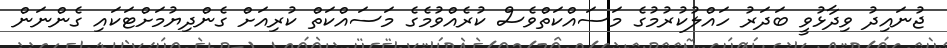
ޖުނައިދު ވިދާޅުވީ ބަދަރު ހައްލުކުރުމުގެ މަސައްކަތްވެސް ކުރެއްވުމެގެ މަސައްކަތް ކުރިއަށް ގެންދިޔުމަށްޓަކައި ގެންނަން